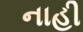
નાહી